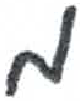
אות: מ